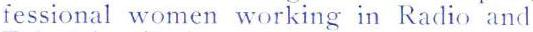
fessional women working in Radio and